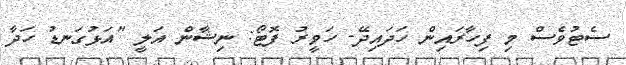
ސެޓުވެސް މި ފިހާރައިން ހަދައިދޭ- ހަވީރު ފޮޓޯ: ނިޝާން އަލީ "އަޅުގަނޑު ހަދާ